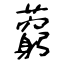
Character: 藭